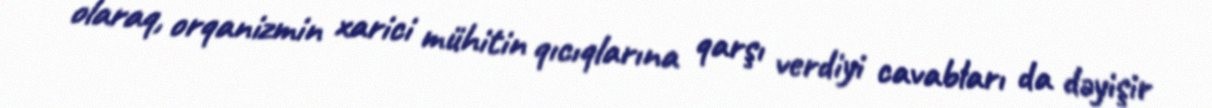
olaraq, orqanizmin xarici mühitin qıcıqlarına qarşı verdiyi cavabları da dəyişir